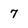
Character: 7